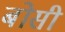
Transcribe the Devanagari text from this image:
बोसी